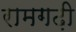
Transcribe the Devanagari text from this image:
रामगढ़ी